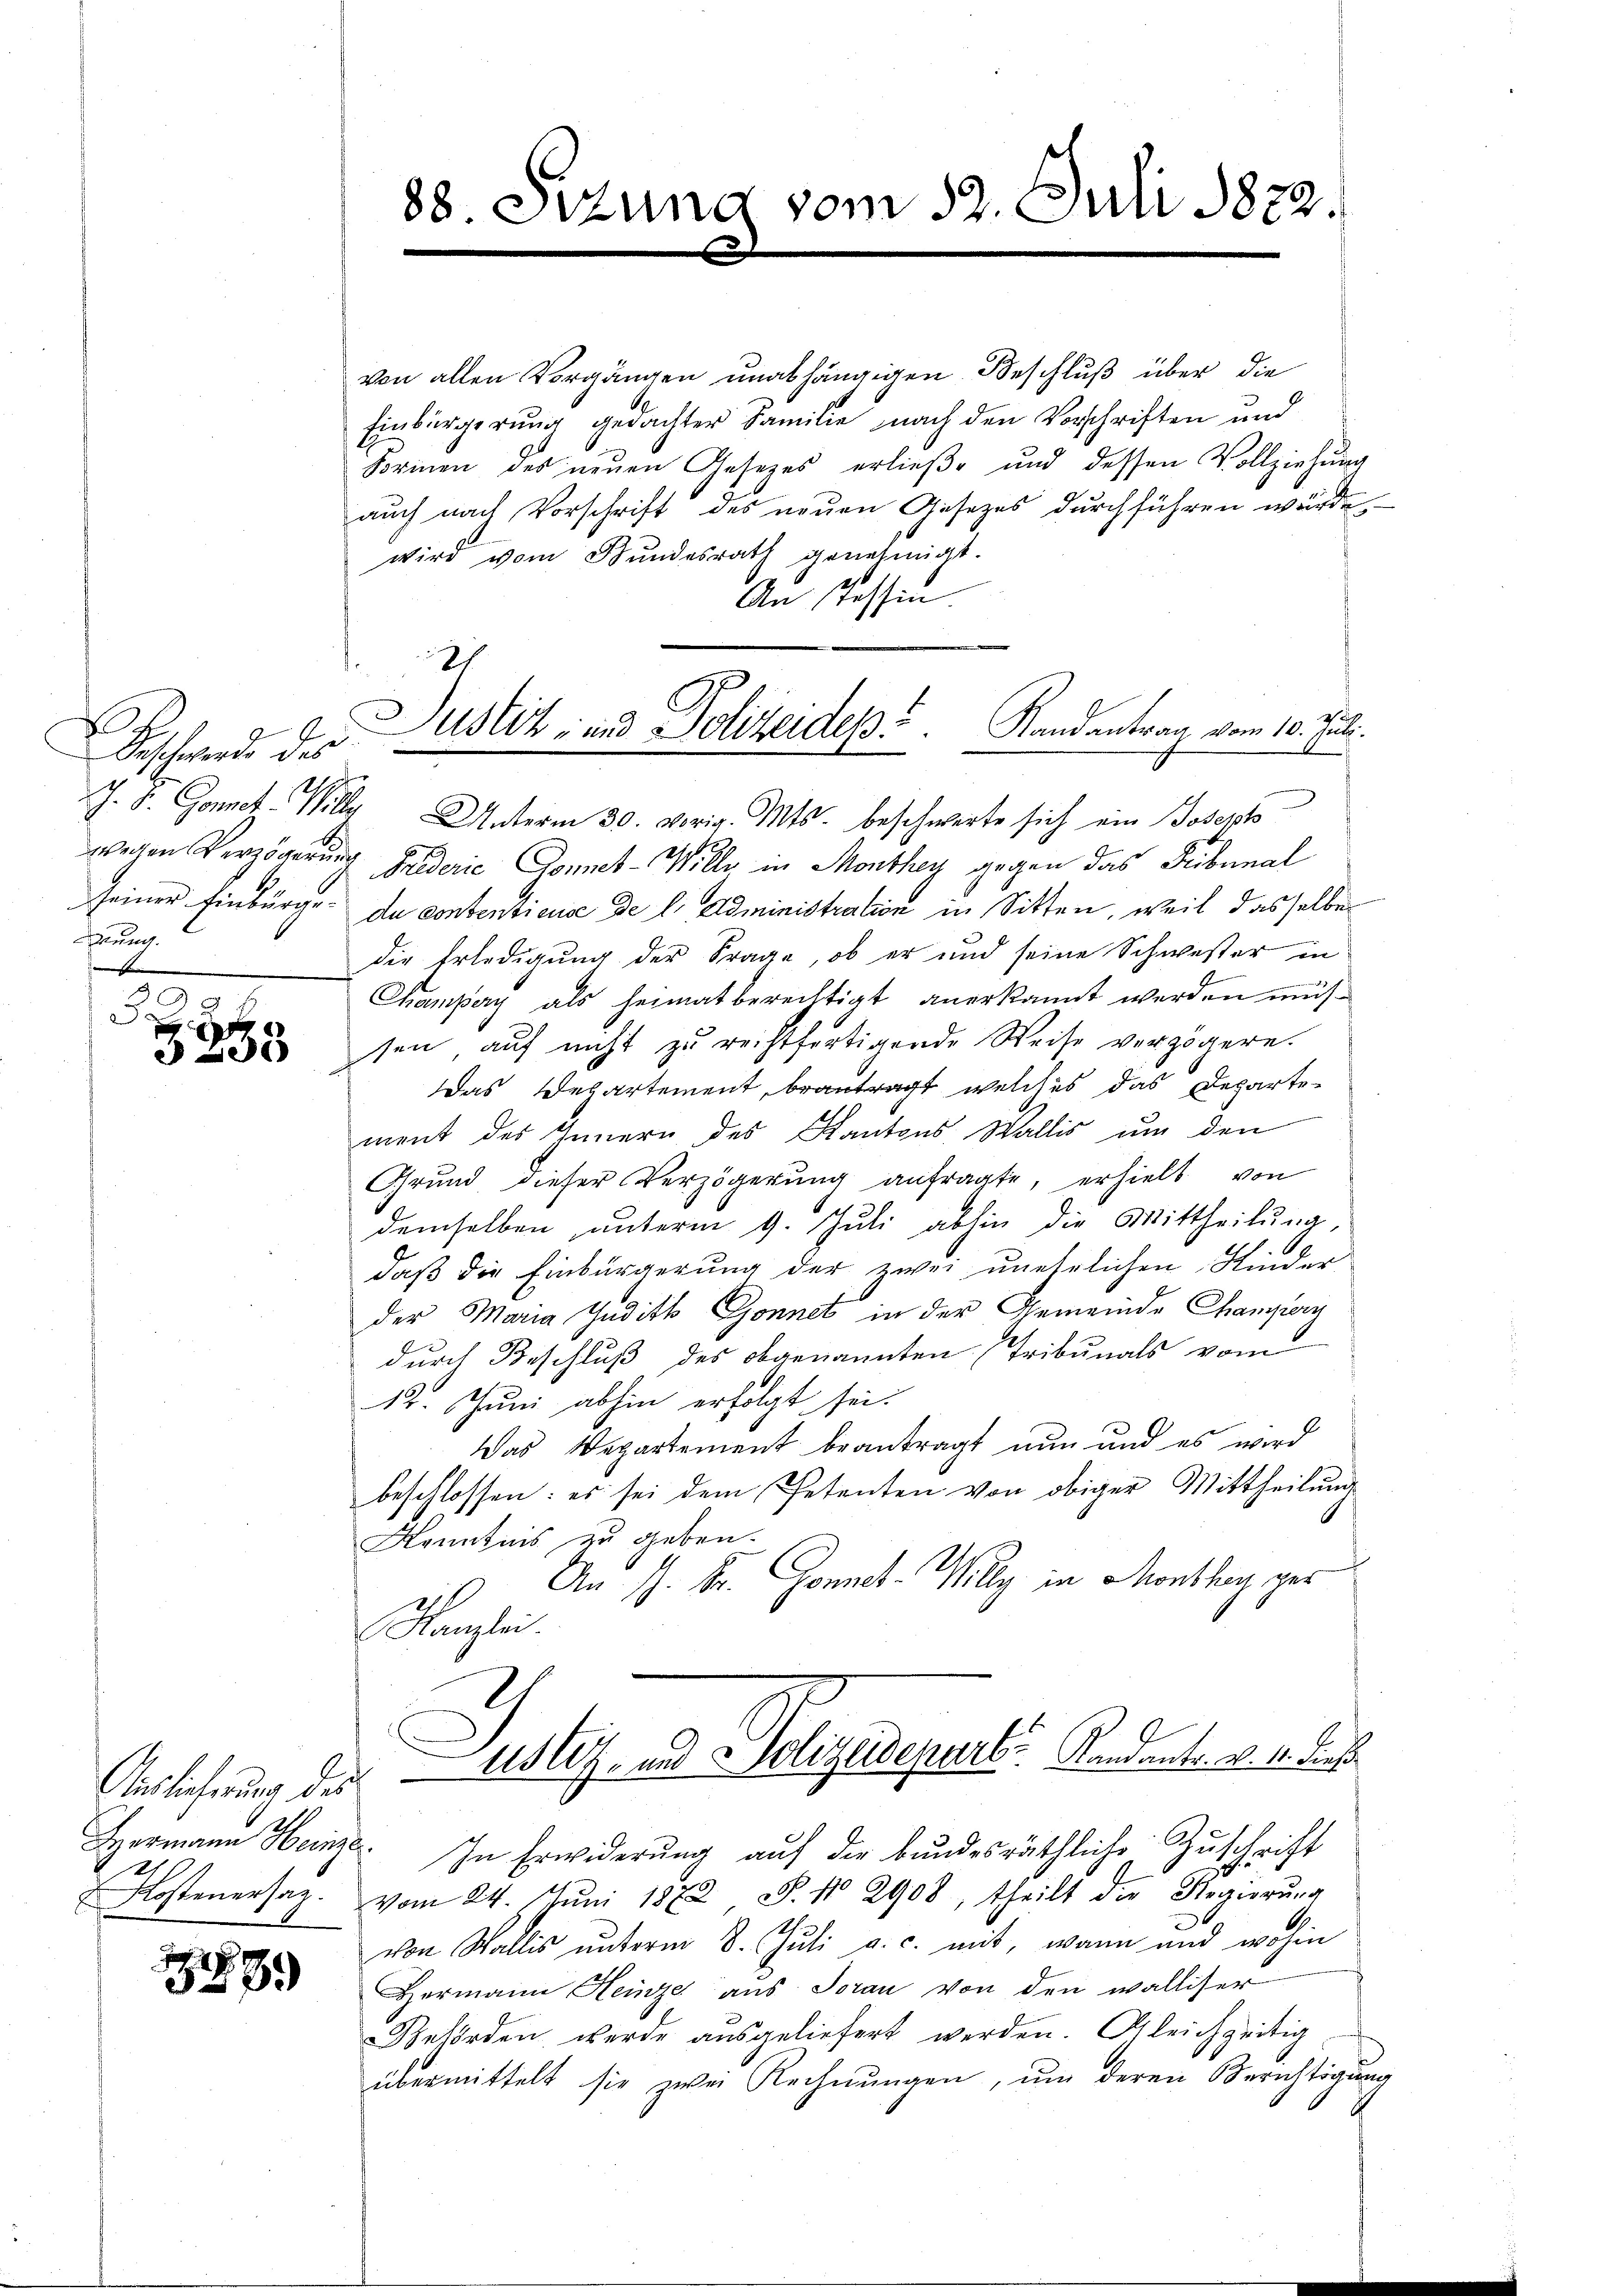
.
Beschwerde des
ung.

d
g
05

Auslieferung des
Hermann Heinze
2
 Kostenersaz.

1289

88 Sizung vom 12. Juli 1822.

27
Justiz- und Polizeides Randantrag vom 10. Juli.

von allen Vorgängen unabhängigen Beschluß über die
Einbürgerung gedachter Familie nach den Vorschriften und
Formen des neuen Gesetzes erließe und dessen Vollziehung
auch nach Vorschrift des neuen Gesetzes durchführen würde
wird vom Bundesrath genehmigt.
An Tessin
J. S. Gonet. Willy Unterm 30. vorig. Mts. beschwerte sich ein Joseph
wegen Verzögerung Friderie Donnet-Willy in Monthey gegen das Fribunal
seiner Einbürge de contentieuse de l. Administration in Sitten, weil dasselbe
die Erledigung der Frage, ob er und seine Schwester in
Champery als heimat berechtigt anerkannt werden müssen auf nicht zu rechtfertigende Weise verzögern.
as Departement, beantragt, welches das Departement des Innern des Kantons Wallis um den
Grund dieser Verzögerŭng anfragte, erhielt von
demselben, unterm 9. Juli abhin die Mittheilung,
daß die Einbürgerung der zwei unehrlichen Kinder
der Maria Judith Gonnet in der Gemeinde Champary
durch Beschluß des obgenannten Tribunals vom
12. Juni abhin erfolgt sei.
Das Departement beantragt nun und es wird
beschlossen: es sei dem Petenten von obiger Mittheilung
Kenntnis zu geben.
An J. Dr. Gonel-Willy in Monthey ges
Kanzlei.
Justiz- u. Gelegalpert. d. d. d. 218.
In Erwiderung auf die bundesräthliche Zuschrift
vom 24. Jŭni 1872, S. Nr. 2908, theilt die Regierŭng
von Wallis ŭnterm 8. Juli a. c. mit, wann und wohin
Hermann Heinze aus Toran von den walliser
Behörden werde ausgeliefert werden. Gleichzeitig
übermittelt sie zwei Rechnungen, um deren Berichtigung